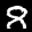
Label: 8